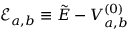
\mathcal { E } _ { a , b } \equiv \tilde { E } - V _ { a , b } ^ { ( 0 ) }